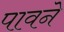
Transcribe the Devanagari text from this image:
पावने